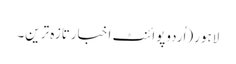
لاہور(اُردوپوائنٹ اخبارتازہ ترین۔